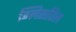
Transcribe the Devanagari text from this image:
ग्लिसरिल